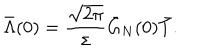
LaTeX: \bar { \Lambda } ( 0 ) = \frac { \sqrt { 2 \pi } } { \sigma } \bar { G } _ { N } ( 0 ) \bar { T } .